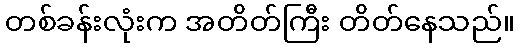
တစ်ခန်းလုံးက အတိတ်ကြီး တိတ်နေသည်။